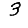
Digit: 3